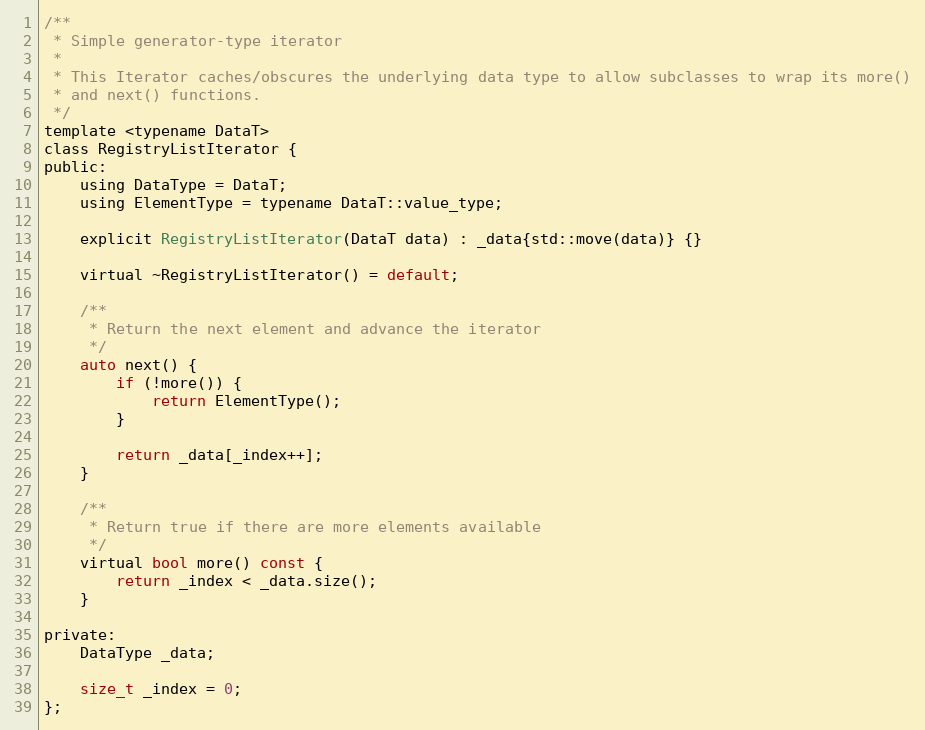
Language: C
/**
 * Simple generator-type iterator
 *
 * This Iterator caches/obscures the underlying data type to allow subclasses to wrap its more()
 * and next() functions.
 */
template <typename DataT>
class RegistryListIterator {
public:
    using DataType = DataT;
    using ElementType = typename DataT::value_type;

    explicit RegistryListIterator(DataT data) : _data{std::move(data)} {}

    virtual ~RegistryListIterator() = default;

    /**
     * Return the next element and advance the iterator
     */
    auto next() {
        if (!more()) {
            return ElementType();
        }

        return _data[_index++];
    }

    /**
     * Return true if there are more elements available
     */
    virtual bool more() const {
        return _index < _data.size();
    }

private:
    DataType _data;

    size_t _index = 0;
};